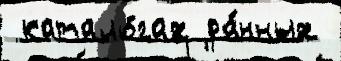
 катало́гах да́нных